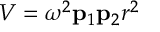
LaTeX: V = \omega ^ { 2 } \mathbf { p } _ { 1 } \mathbf { p } _ { 2 } r ^ { 2 }